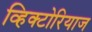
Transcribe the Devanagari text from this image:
व्हिक्टोरियाज